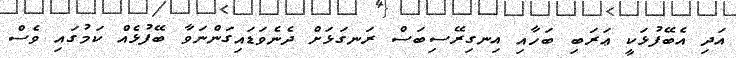
އަދި އެބޭފުޅަކީ ޢަރަބި ބަހާއި އިނގިރޭސިބަސް ރަނގަޅަށް ދެނެވަޑައިގަންނަވާ ބޭފުޅެއް ކަމުގައި ވެސް